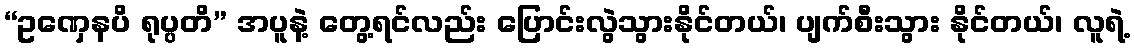
“ဥဏှေနပိ ရုပ္ပတိ” အပူနဲ့ တွေ့ရင်လည်း ပြောင်းလွဲသွားနိုင်တယ်၊ ပျက်စီးသွား နိုင်တယ်၊ လူရဲ့